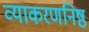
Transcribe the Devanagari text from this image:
व्याकरणनिष्ठ